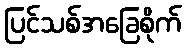
ပြင်သစ်အခြေစိုက်